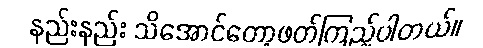
နည်းနည်း သိအောင်တော့ဖတ်ကြည့်ပါတယ်။